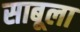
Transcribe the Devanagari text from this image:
साबूला